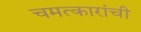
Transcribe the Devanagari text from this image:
चमत्कारांची